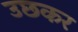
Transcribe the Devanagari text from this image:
उछकर